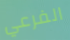
الفرعي